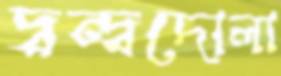
দ্বন্দ্বদোলা